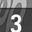
Digit: 3